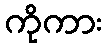
ကိုကား